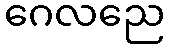
ဂေလညေ